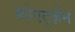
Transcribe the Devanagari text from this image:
कोएर्ट्ज़ेन